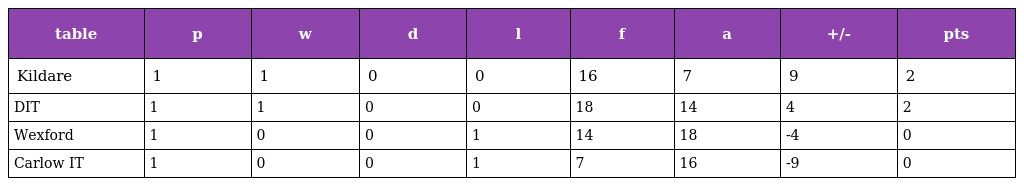
| table | p | w | d | l | f | a | +/- | pts |
 | --- | --- | --- | --- | --- | --- | --- | --- | --- |
 | Kildare | 1 | 1 | 0 | 0 | 16 | 7 | 9 | 2 |
 | DIT | 1 | 1 | 0 | 0 | 18 | 14 | 4 | 2 |
 | Wexford | 1 | 0 | 0 | 1 | 14 | 18 | -4 | 0 |
 | Carlow IT | 1 | 0 | 0 | 1 | 7 | 16 | -9 | 0 |